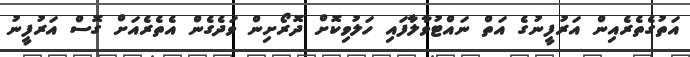
އަތުގެތެރެއިން އަރުފީނުގެ އަތް ނައްޓުވާލާފައި ހަލުވިކޮށް ދޮރޯށިން ވަދެގެން އެތެރެއަށް ގޮސް އަރުފީނު